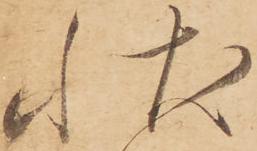
状